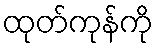
ထုတ်ကုန်ကို